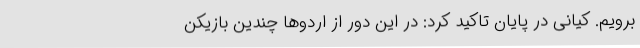
برویم. کیانی در پایان تاکید کرد: در این دور از اردوها چندین بازیکن